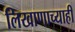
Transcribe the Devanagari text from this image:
लिखाणाच्याही